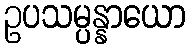
ဥပသမ္ပန္နာယော